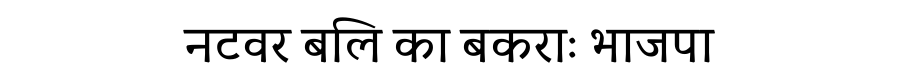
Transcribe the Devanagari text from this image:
नटवर बलि का बकराः भाजपा